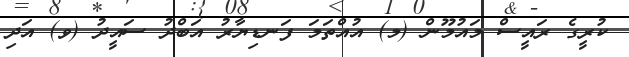
ކުރީގެ ރައީސް މައުމޫން (މ) އުއްތަމަ ފަނޑިޔާރު އަބްދު ސައީދު (ވ) އަދި